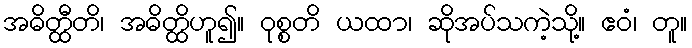
အဓိတ္ထီတိ၊ အဓိတ္ထိဟူ၍။ ဝုစ္စတိ ယထာ၊ ဆိုအပ်သကဲ့သို့။ ဧဝံ၊ တူ။